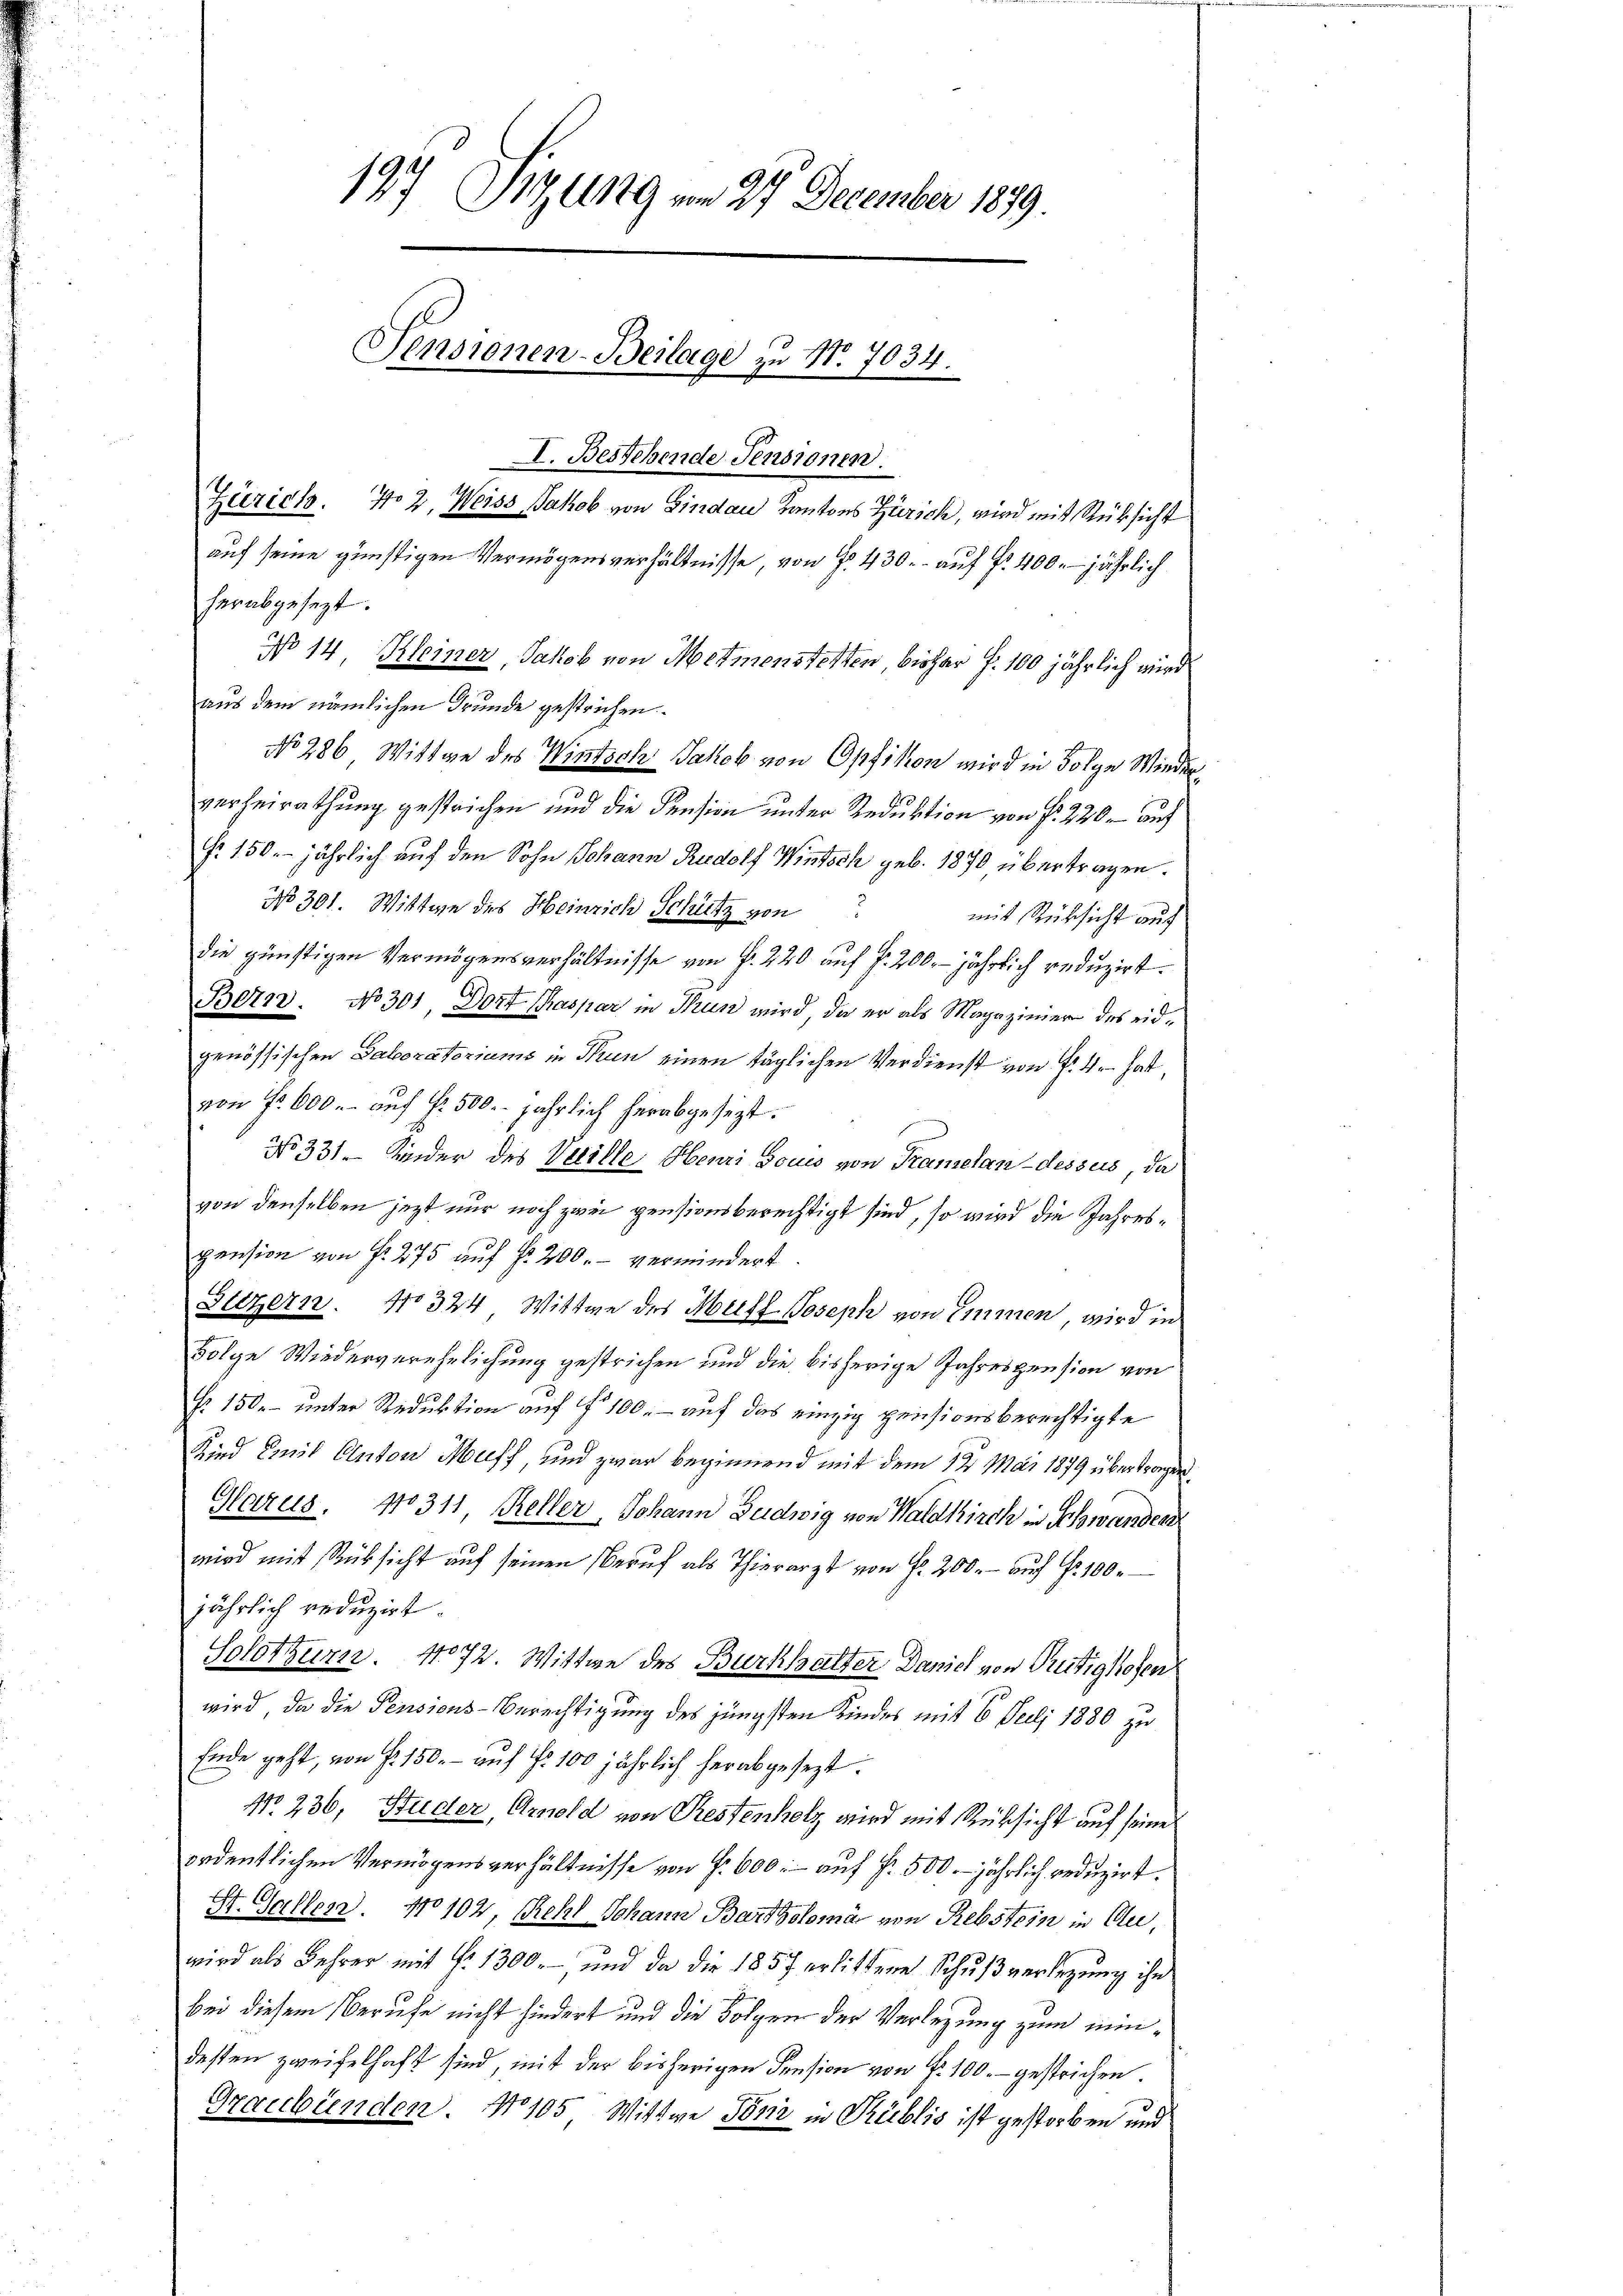
aus dem nämlichen Grunde gestrichen.
No 286. Wittwe des Wintsch Jakob von Opfikon wird in Folge Wiederverheirathung gestrichen und die Pension unter Reduktion von fr. 220. auf
fr. 150. jährlich auf den Sohn Johann Rudolf Wintsch geb. 1870 übertragen.
No 301. Wittwe des Heinrich Schütz von
mit Rücksicht auf
die günstigen Vermögensverhältnisse von f. 220 auf fr. 200. jährlich reduzirt.
Bern. No 301, Dort Chaspar in Thun wird, da er als Magazinier des eidgenössischen Laboratoriums in Thun einen täglichen Verdienst von f. 4 hat,
von Fr. 600. auf fr. 500. jährlich herabgesezt.
No 331. Kinder des Veille Henri sous von Kramelandesses, da
von denselben jezt nur noch zwei pensionsberechtigt sind, so wird die Jahrespension von Fr. 275 auf § 200.- vermindert.
Sulzern. No 324, Wittwe des Meist Joseph von Emmen, wird in
Folge Wiederverehrlichung gestrichen und die bisherige Jahrespension von
§. 150. – unter Reduktion auf § 100 – auf das einzig pensionsberechtigte
Kind Emil Anton Muff, und zwar beginnend mit dem 12 Mai 1879 übertragen
Glarus. 10311 Keller Johann Budwig von Waldkirch in Schwanden
wird mit Rücksicht aŭf seinen Beruf als Thierarzt von Fr. 200.- aŭf Fr. 100.
jährlich reduzirt.
Solothurn. 1072. Wittwe des Burkhalter Daniel von Rütighofen
wird, da die Pensions-Berechtigung des jüngsten Kindes mit 6 Juli 1880 zu
Ende geht, von Fr. 150.- auf S. 100 jährlich herabgesezt.
No. 236, Studer, Arnold von Restenholz wird mit Rüksicht auf seine
ordentlichen Vermögensverhältnisse von Fr. 600. auf Fr. 500. jährlich reduzirt.
St. Gallen. No 102, sehr Johann Bartolomar von Rebstein in Auwird als Lehrer mit §. 1300. und da die 1857 erlittene Schŭβverlegŭng ihn
bei diesem Berufe nicht hindert und die Folgen der Verlegung zum mindessen zweifelhaft sind, mit der bisherigen Pension von P. 100.- gestrichen.
Graubünden. No 105 Wittwe Toni in Publis ist gestorben und

19 Sizung vom 27. December 1879.
Sensionen-Beilage zu No. 7034.
I. Bestehende Fensionen.
Zürich. No 2, Weiss Jakob von Lindau Kantons Zürich, wird mit Rüksicht
auf seine günstigen Vermögensverhältnisse, von No 430.- auf fr. 400. jährlich
herabgesezt.

No 14. Kleiner, Jakob von Metmenstetten bisher f. 100 jährlich wird